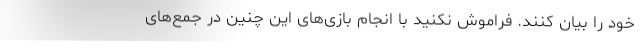
خود را بیان کنند. فراموش نکنید با انجام بازی‌های این چنین در جمع‌های